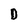
Character: D